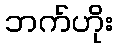
ဘက်ဟိုး